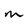
Character: M